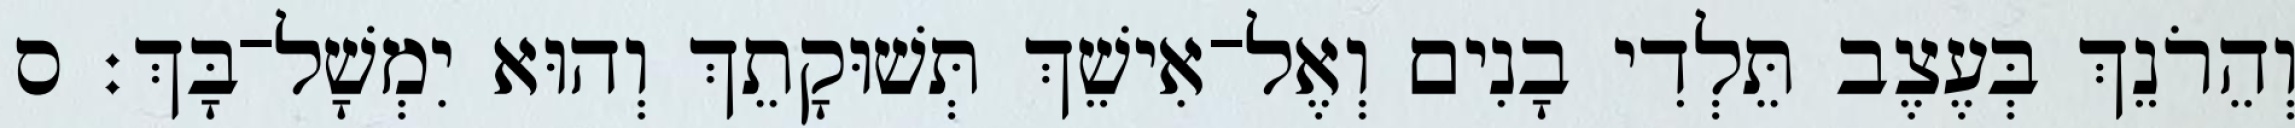
וְהֵרֹנֵךְ בְּעֶצֶב תֵּלְדִי בָנִים וְאֶל־אִישֵׁךְ תְּשׁוּקָתֵךְ וְהוּא יִמְשָׁל־בָּךְ׃ ס